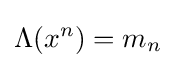
\Lambda (x^{n})=m_{n}